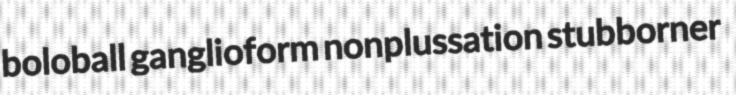
boloball ganglioform nonplussation stubborner